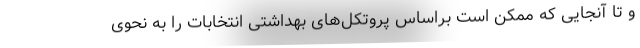
و تا آنجایی که ممکن است براساس پروتکل‌های بهداشتی انتخابات را به نحوی